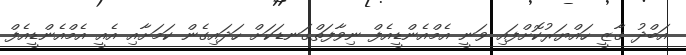
އަބްދު ގާޒީ ހައްޔަރުކޮށްފައި ވަނީ އެމްއެންޑީއެފް ނިވާފަތްގަނޑަކަށް ހަދައިގެން ކަމަށާއި އެއީ އެމްއެންޑީއެފް